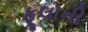
ફૂલોની